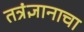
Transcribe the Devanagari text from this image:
तत्रंज्ञानाचा